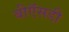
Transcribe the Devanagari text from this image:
बीऍसडी